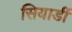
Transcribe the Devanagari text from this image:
सियार्डी